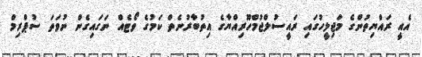
އެއީ ރައްޔިތުންގެ މަޖިލީހުގައި ރައީސުލްޖުމްހޫރިއްޔާގެ އިތުބާރުނެތް ކަމުގެ ވޯޓެއް ނަގައިގެން ނުވަތަ ސުޕްރިމް